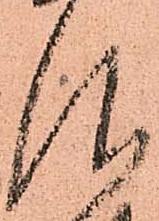
仰